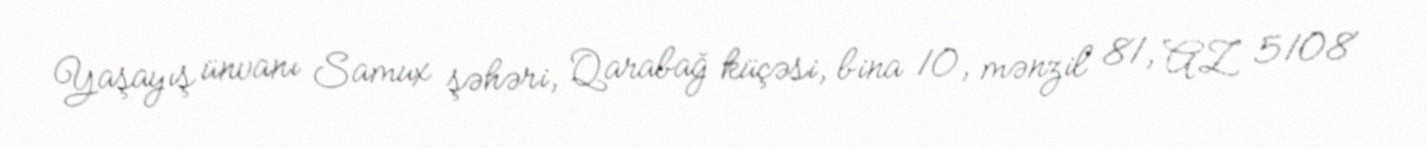
Yaşayış ünvanı Samux şəhəri, Qarabağ küçəsi, bina 10, mənzil 81, AZ 5108